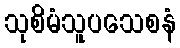
သုစိမံသူပသေစနံ